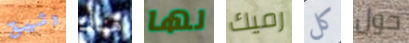
وثيق هناك لها رميك كل حول